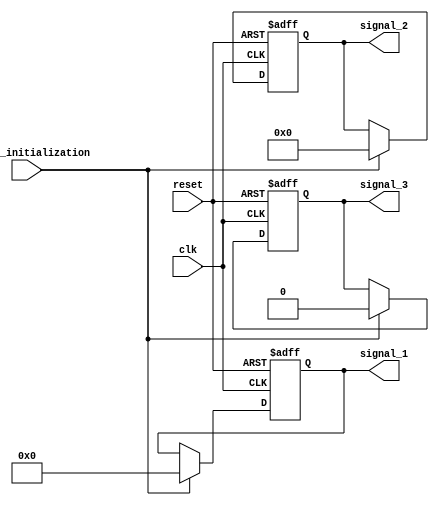
module configurable_initial_conditions #(
    parameter INIT_SIGNAL_1 = 8'b00000000, // Default initial value for signal 1
    parameter INIT_SIGNAL_2 = 16'b0000000000000000, // Default initial value for signal 2
    parameter INIT_SIGNAL_3 = 1'b0 // Default initial value for signal 3
)(
    input wire clk,               // Clock input
    input wire reset,             // Asynchronous reset signal
    input wire enable_initialization, // Control signal for conditional initialization
    output reg [7:0] signal_1,    // Output signal 1
    output reg [15:0] signal_2,    // Output signal 2
    output reg signal_3            // Output signal 3
);

    // Initial block for setting up initial conditions
    initial begin
        signal_1 = INIT_SIGNAL_1;
        signal_2 = INIT_SIGNAL_2;
        signal_3 = INIT_SIGNAL_3;
    end

    // Asynchronous reset and conditional initialization
    always @(posedge clk or posedge reset) begin
        if (reset) begin
            // Reset to default initial values
            signal_1 <= INIT_SIGNAL_1;
            signal_2 <= INIT_SIGNAL_2;
            signal_3 <= INIT_SIGNAL_3;
        end else if (enable_initialization) begin
            // Conditional reinitialization based on the enable signal
            signal_1 <= INIT_SIGNAL_1;
            signal_2 <= INIT_SIGNAL_2;
            signal_3 <= INIT_SIGNAL_3;
        end
    end

endmodule